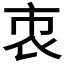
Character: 𧙙